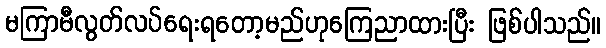
မကြာမီလွတ်လပ်ရေးရတော့မည်ဟုကြေညာထားပြီး ဖြစ်ပါသည်။